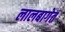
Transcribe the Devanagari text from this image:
लालबागेत